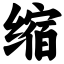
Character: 缩